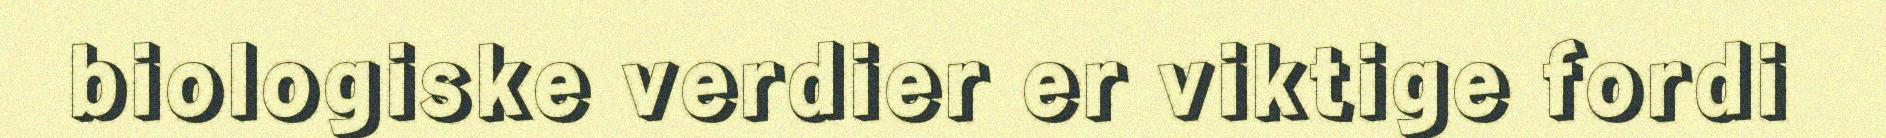
biologiske verdier er viktige fordi